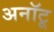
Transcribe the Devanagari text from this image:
अनॉटू